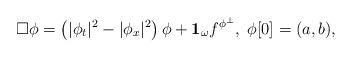
LaTeX: \begin{gather*} \Box \phi= \left(|\phi_{t}|^2- |\phi_{ x}|^2\right) \phi+ \mathbf{1}_{\omega} f^{\phi^{\perp}}, \; \phi[0]= (a, b),\end{gather*}